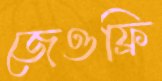
জেওফ্রি